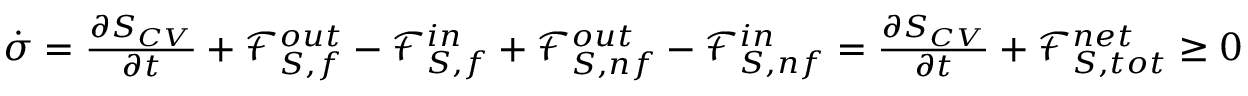
\begin{array} { r } { \dot { \sigma } = \frac { \partial S _ { C V } } { \partial t } + \mathcal { F } _ { S , f } ^ { o u t } - \mathcal { F } _ { S , f } ^ { i n } + \mathcal { F } _ { S , n f } ^ { o u t } - \mathcal { F } _ { S , n f } ^ { i n } = \frac { \partial S _ { C V } } { \partial t } + \mathcal { F } _ { S , t o t } ^ { n e t } \ge 0 } \end{array}